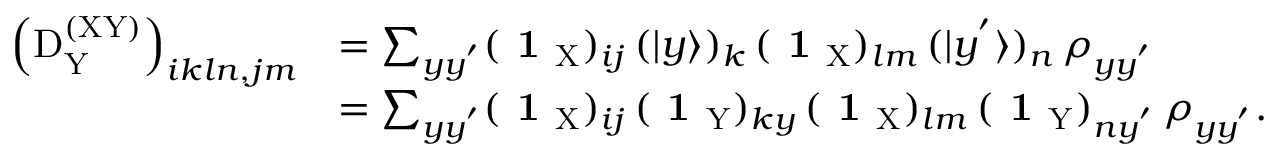
\begin{array} { r l } { \left( \mathrm { D } _ { \mathrm Y } ^ { \mathrm { ( X Y ) } } \right) _ { i k l n , j m } } & { = \sum _ { y y ^ { ' } } ( \textbf { 1 } _ { \mathrm { X } } ) _ { i j } \, ( | y \rangle ) _ { k } \, ( \textbf { 1 } _ { \mathrm { X } } ) _ { l m } \, ( | y ^ { ' } \rangle ) _ { n } \, \rho _ { y y ^ { ' } } } \\ & { = \sum _ { y y ^ { ' } } ( \textbf { 1 } _ { \mathrm { X } } ) _ { i j } \, ( \textbf { 1 } _ { \mathrm { Y } } ) _ { k y } \, ( \textbf { 1 } _ { \mathrm { X } } ) _ { l m } \, ( \textbf { 1 } _ { \mathrm { Y } } ) _ { n y ^ { ' } } \, \rho _ { y y ^ { ' } } . } \end{array}